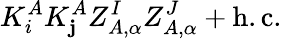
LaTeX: K_{i}^{A}K_{\mathbf{j}}^{A}Z_{A,\alpha}^{I}Z_{A,\alpha}^{J}+\mathrm{{h.c.}}